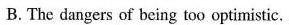
B.The dangers of being too optimistic.